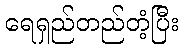
ရေရှည်တည်တံ့ပြီး